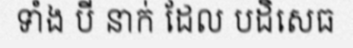
ទាំង បី នាក់ ដែល បដិសេធ